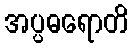
အပ္ပဓရောတိ